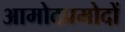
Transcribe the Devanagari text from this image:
आमोदप्रमोदों